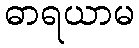
ဓာရယာမ